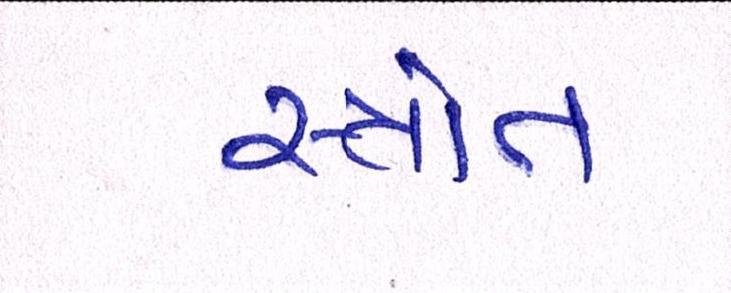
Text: સ્ત્રોત